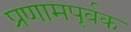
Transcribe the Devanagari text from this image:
प्रणामपूर्वक